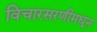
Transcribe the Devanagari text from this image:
विचारसरणीमधून